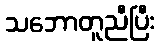
သဘောတူညီပြီး